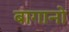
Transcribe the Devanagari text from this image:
बागानो